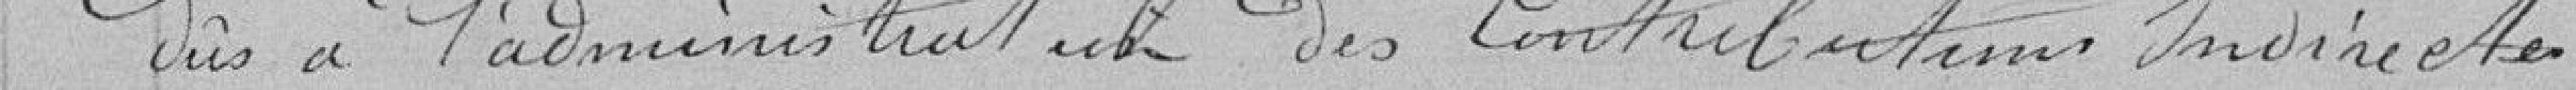
dus à l'administration des contributions indirectes